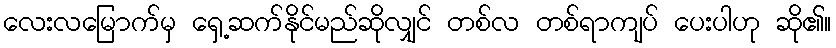
လေးလမြောက်မှ ရှေ့ဆက်နိုင်မည်ဆိုလျှင် တစ်လ တစ်ရာကျပ် ပေးပါဟု ဆို၏။